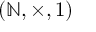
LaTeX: ( \mathbb { N } , \times , 1 )